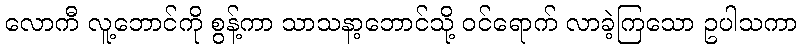
လောကီ လူ့ဘောင်ကို စွန့်ကာ သာသနာ့ဘောင်သို့ ဝင်ရောက် လာခဲ့ကြသော ဥပါသကာ